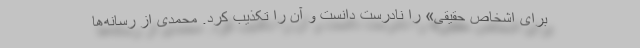
برای اشخاص حقیقی» را نادرست دانست و آن را تکذیب کرد. محمدی از رسانه‌ها